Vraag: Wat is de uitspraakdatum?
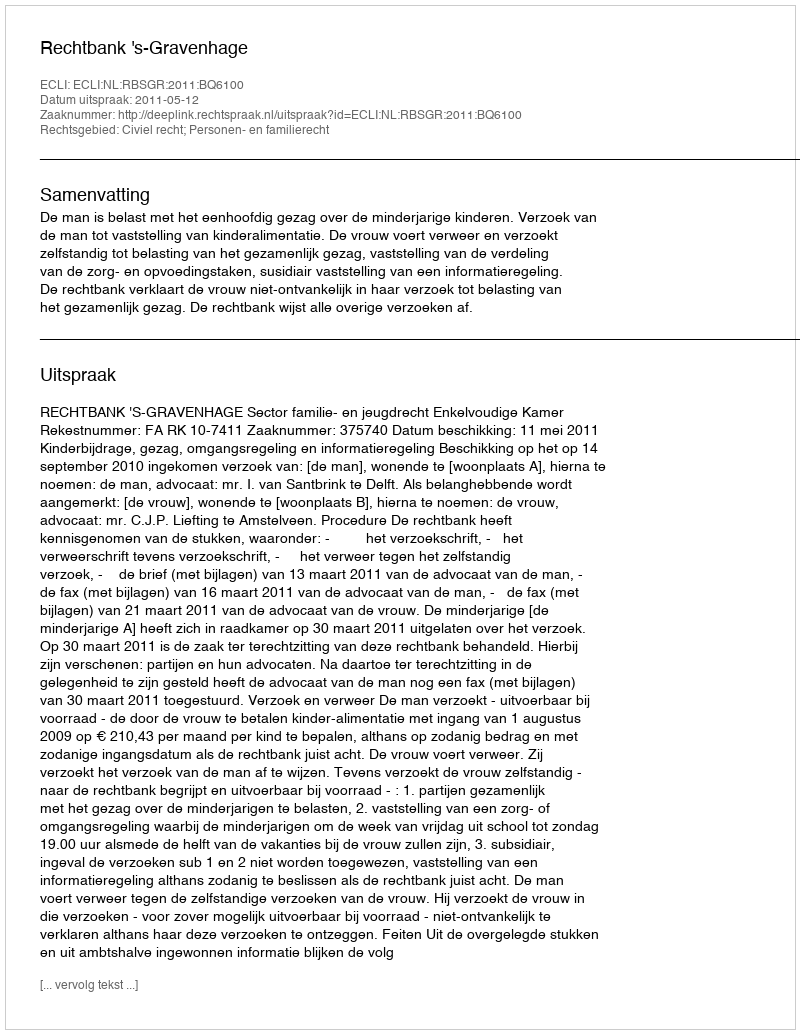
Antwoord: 2011-05-12